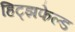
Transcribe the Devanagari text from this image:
हिट्झफेल्ड